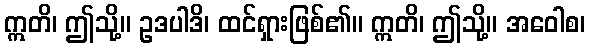
ဣတိ၊ ဤသို့။ ဥဒပါဒိ၊ ထင်ရှားဖြစ်၏။ ဣတိ၊ ဤသို့။ အဝေါစ၊